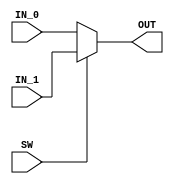
module CLK_SWITCH (   
input       IN_0,
input       IN_1,
input       SW  ,
output      OUT 

);

assign OUT=SW?IN_1:IN_0;

endmodule